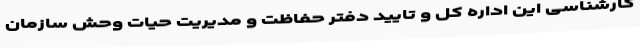
کارشناسی این اداره کل و تایید دفتر حفاظت و مدیریت حیات وحش سازمان